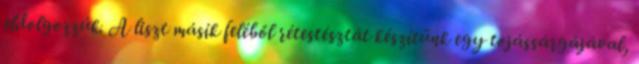
eldolgozzúk. A liszt másik feléből rétestésztát készítünk egy tojássárgájával,